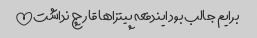
برایم جالب بود ایندفعه پیتزاها قارچ نداشت!!!!